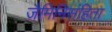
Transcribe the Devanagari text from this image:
जैमिनिसंहिता